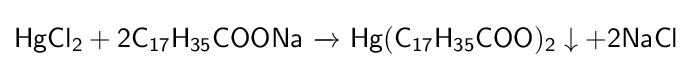
{\mathsf {HgCl_{2}+2C_{17}H_{35}COONa\ {\xrightarrow {}}\ Hg(C_{17}H_{35}COO)_{2}\downarrow +2NaCl}}